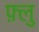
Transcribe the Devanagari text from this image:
फ़्लु